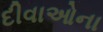
દીવાઓના